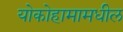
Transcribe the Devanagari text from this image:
योकोहामामधील